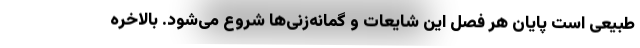
طبیعی است پایان هر فصل این شایعات و گمانه‌زنی‌ها شروع می‌شود. بالاخره